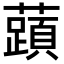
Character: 𬟐